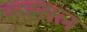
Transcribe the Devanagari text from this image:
रूस्सल